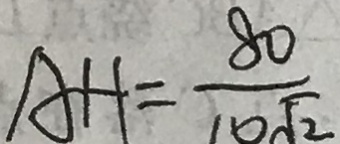
A H = \frac { 8 0 } { 1 0 \sqrt { 2 } }